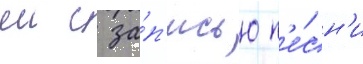
еи с за́п'исью п'е́сн'и